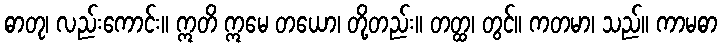
ဓာတု၊ လည်းကောင်း။ ဣတိ ဣမေ တယော၊ တို့တည်း။ တတ္ထ၊ တွင်။ ကတမာ၊ သည်။ ကာမဓာ